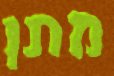
מתן